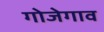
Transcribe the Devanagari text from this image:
गोजेगाव